Indian journal of veterinary science and animal husbandry - Volumes 22-23, 1952-1953
Year: 1952
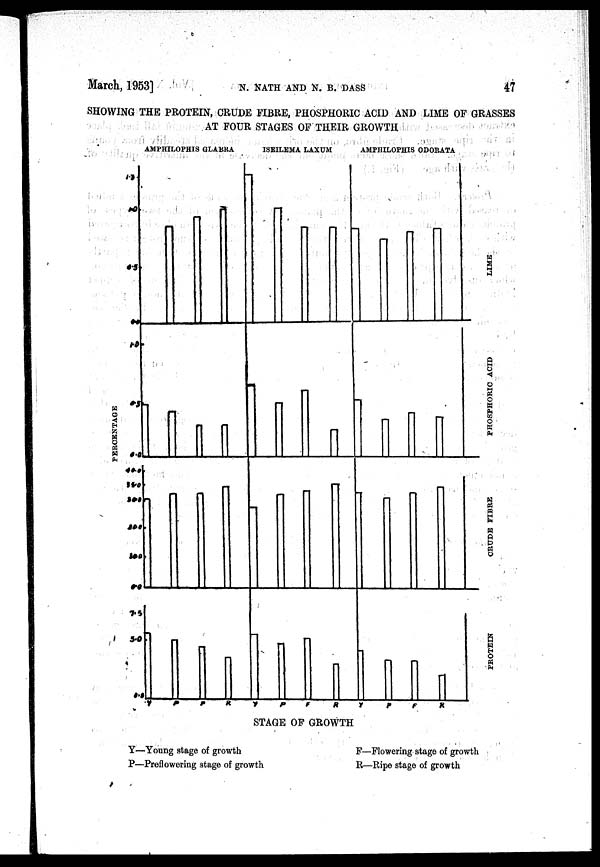
March, 1953]
N. NATH AND N. B.
DASS
47
SHOWING THE PROTEIN, CRUDE FIBRE, PHOSPHORIC ACID AND LIME OF GRASSES
AT FOUR STAGES OF THEIR GROWTH
STAGE OF GROWTH
Y—Young stage of growth
P—Preflowering stage of growth
F—Flowering stage of growth
R—Ripe stage of growth